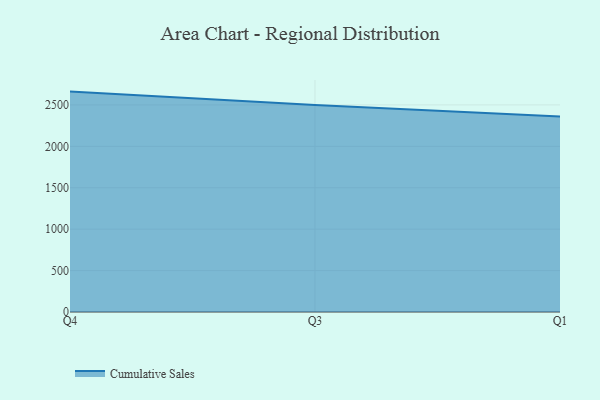
{"axis": {"x": "Quarter", "y": "LTV (USD)"}, "legend": ["Cumulative Sales"], "data": [{"x": "Q4", "y": 2660.8, "type": "Cumulative Sales"}, {"x": "Q3", "y": 2500.1, "type": "Cumulative Sales"}, {"x": "Q1", "y": 2361.0, "type": "Cumulative Sales"}]}